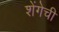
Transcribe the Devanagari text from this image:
शेंगेची